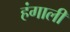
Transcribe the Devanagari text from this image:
हंगाली